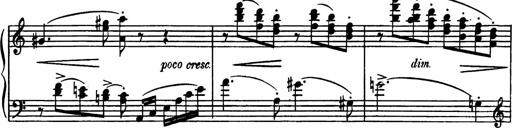
Title: Sonatilla
Composer: Mortimer Wilson
Key: C major